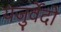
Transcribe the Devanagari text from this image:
यजुर्वेदो